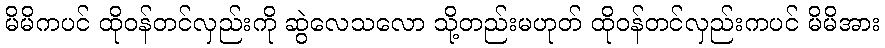
မိမိကပင် ထိုဝန်တင်လှည်းကို ဆွဲလေသလော သို့တည်းမဟုတ် ထိုဝန်တင်လှည်းကပင် မိမိအား